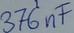
Text: 376nF